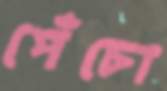
পেঁচো